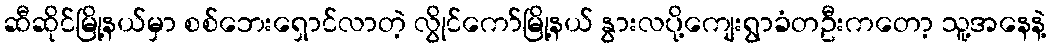
ဆီဆိုင်မြို့နယ်မှာ စစ်ဘေးရှောင်လာတဲ့ လွိုင်ကော်မြို့နယ် နွားလပို့ကျေးရွာခံတဦးကတော့ သူ့အနေနဲ့